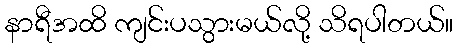
နာရီအထိ ကျင်းပသွားမယ်လို့ သိရပါတယ်။